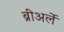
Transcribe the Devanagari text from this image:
ब्रीअर्ले